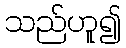
သည်ဟူ၍